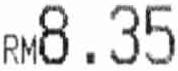
RM8.35